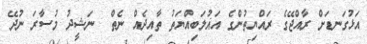
އަޅުގަނޑަށް ރާއްޖޭގެ ރައްޔިތުންގެ އަޣުލަބިއްޔަތު ތާއިދެއް ނެތް  ނަޝީދު މުސާރަ ނުދޭ